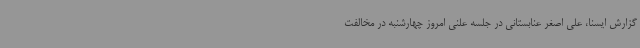
گزارش ایسنا، علی اصغر عنابستانی در جلسه علنی امروز چهارشنبه در مخالفت